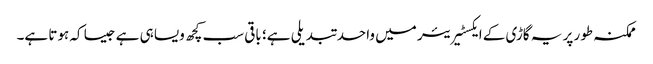
ممکنہ طور پر یہ گاڑی کے ایکسٹیریئر میں واحد تبدیلی ہے؛ باقی سب کچھ ویسا ہی ہے جیسا کہ ہوتا ہے۔